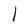
Character: l